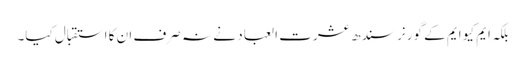
بلکہ ایم کیو ایم کے گورنر سندھ عشرت العباد نے نہ صرف ان کا استقبال کیا۔